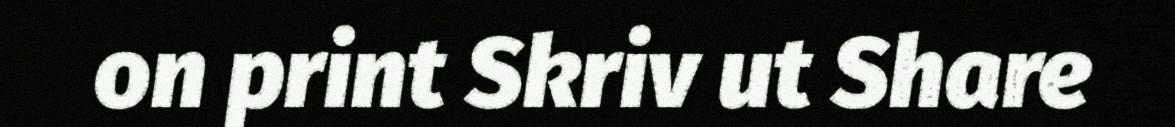
on print Skriv ut Share